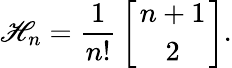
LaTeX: \mathscr{H}_{n}={\frac{{1}}{{n!}}}\left[{n+1\atop2}\right].